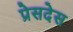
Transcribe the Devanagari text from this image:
प्रेसदेस